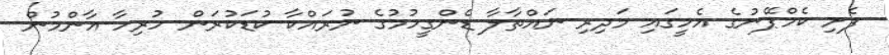
ފެށި ކެމްޕޭނުގެ އެހީގައި މަދިރި ނައްތާލާ ޑެންގީހުމުގެ ނުރައްކާ ކުޑަކުރަން ހުރިހާ އާންމުން